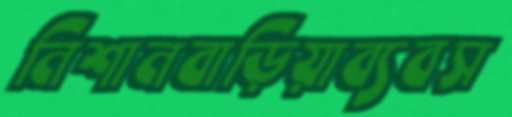
নিশানবাড়িয়াব্যবস